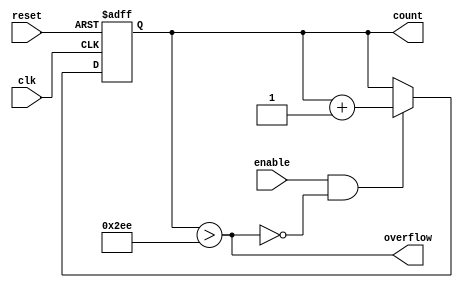

// Copyright 2010 University of Washington
// License: http://creativecommons.org/licenses/by/3.0/



module counter10 (clk, reset, enable, count, overflow);
output [9:0] count;
output overflow;
input clk, reset, enable;

reg [9:0] count;

wire [9:0] next_count;
assign next_count = count + 10'd1;

wire overflow;
assign overflow = (count > 750);

always @ (posedge clk or posedge reset) begin
  if (reset) begin
    count <= 0;
  end else if (enable & ~overflow) begin
    count <= next_count;
  end
end

endmodule